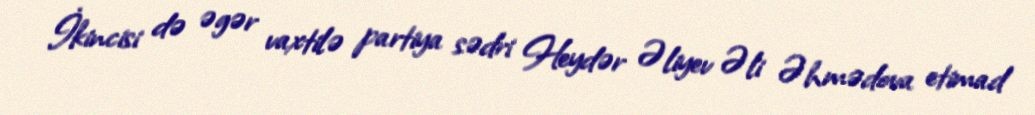
İkincisi də əgər vaxtilə partiya sədri Heydər Əliyev Əli Əhmədova etimad